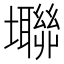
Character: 壣